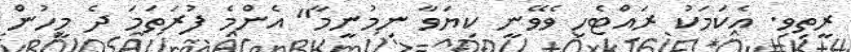
ރީތިވި. އެކަމަކު ރައްޓެހި ވެވޭނީ ކިޔަވާ ނިމުނީމާ" އެންމެ ފުރަތަމަ ދެ މީހުން